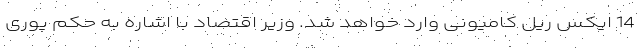
14 ایکس ریل کامیونی وارد خواهد شد. وزیر اقتصاد با اشاره به حکم پوری